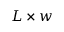
L \times w